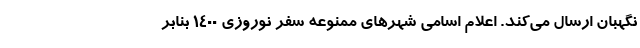
نگهبان ارسال می‌کند. اعلام اسامی شهر‌های ممنوعه سفر نوروزی ۱۴۰۰ بنابر